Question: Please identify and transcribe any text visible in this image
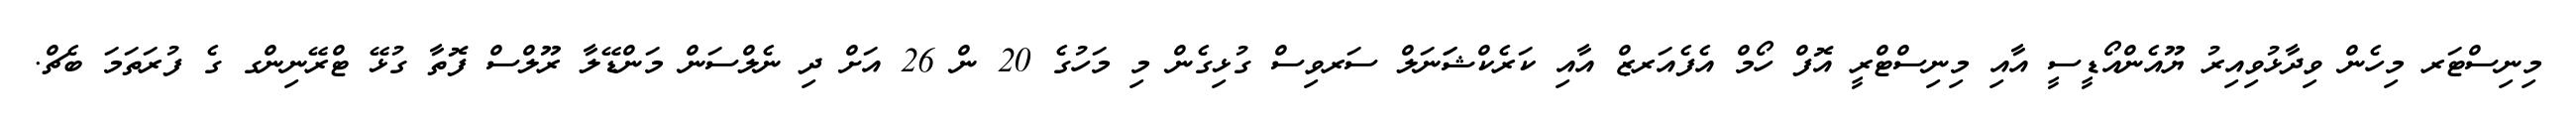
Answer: މިނިސްޓަރ މިހެން ވިދާޅުވިއިރު ޔޫއެންއޯޑީސީ އާއި މިނިސްޓްރީ އޮފް ހޯމް އެފެއަރޒް އާއި ކަރެކްޝަަނަލް ސަރވިސް ގުޅިގެން މި މަހުގެ 20 ން 26 އަށް ދި ނެލްސަން މަންޑޭލާ ރޫލްސް ފޮތާ ގުޅޭ ޓްރޭނިންގ ގެ ފުރަތަމަ ބެޗް.